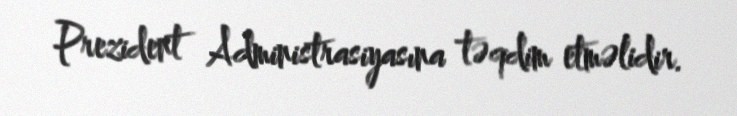
Prezident Administrasiyasına təqdim etməlidir.